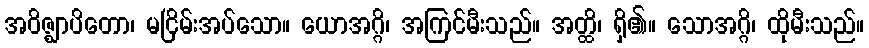
အဝိဇ္ဈာပိတော၊ မငြိမ်းအပ်သော။ ယောအဂ္ဂိ၊ အကြင်မီးသည်။ အတ္ထိ၊ ရှိ၏။ သောအဂ္ဂိ၊ ထိုမီးသည်။